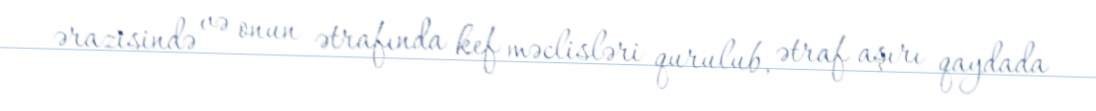
ərazisində və onun ətrafında kef məclisləri qurulub, ətraf aşırı qaydada